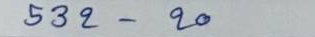
532 - 20